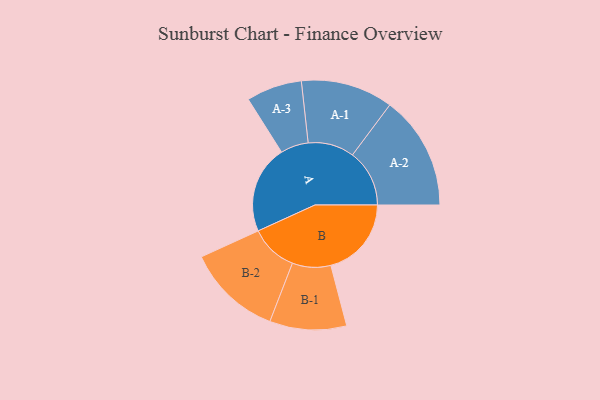
{"axis": {"x": "Segment", "y": "Value"}, "legend": ["", "A", "B"], "data": [{"x": "A", "y": 332, "type": ""}, {"x": "B", "y": 304, "type": ""}, {"x": "A-1", "y": 174, "type": "A"}, {"x": "A-2", "y": 215, "type": "A"}, {"x": "A-3", "y": 105, "type": "A"}, {"x": "B-1", "y": 145, "type": "B"}, {"x": "B-2", "y": 179, "type": "B"}]}